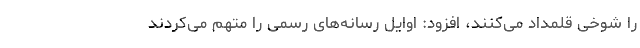
را شوخی قلمداد می‌کنند، افزود: اوایل رسانه‌های رسمی را متهم می‌کردند